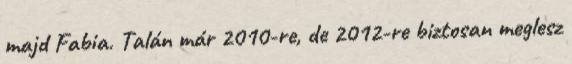
majd Fabia. Talán már 2010-re, de 2012-re biztosan meglesz